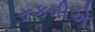
રૂકમીએ